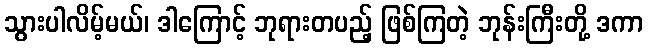
သွားပါလိမ့်မယ်၊ ဒါကြောင့် ဘုရားတပည့် ဖြစ်ကြတဲ့ ဘုန်းကြီးတို့ ဒကာ